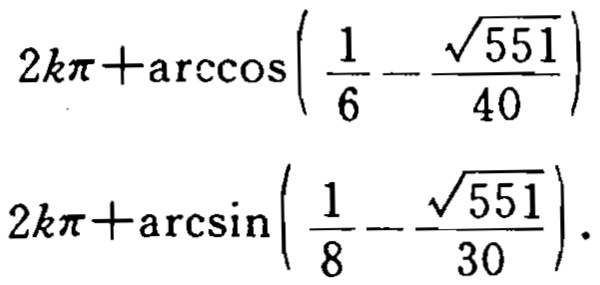
\[
2k\pi+\arccos\left(\frac{1}{6}-\frac{\sqrt{551}}{40}\right)
\]
\[
2k\pi+\arcsin\left(\frac{1}{8}-\frac{\sqrt{551}}{30}\right).
\]